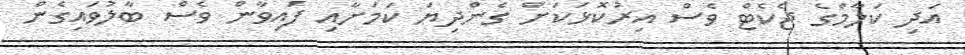
އަދި ކަލާމްގެ ޖެކެޓް ވެސް އިރުކޮޅަކަށް ގެންދިޔަ ކަމަށާއި ފައިވާން ވެސް ބާލުވައިގެން